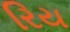
રિય